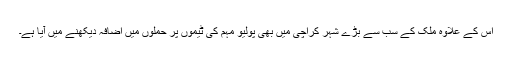
اس کے علاوہ ملک کے سب سے بڑے شہر کراچی میں بھی پولیو مہم کی ٹیموں پر حملوں میں اضافہ دیکھنے میں آیا ہے۔